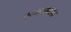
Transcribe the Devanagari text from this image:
समबाभाव